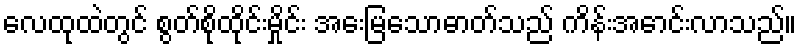
လေထုထဲတွင် စွတ်စိုထိုင်းမှိုင်း အေးမြသောဓာတ်သည် ကိန်းအောင်းလာသည်။